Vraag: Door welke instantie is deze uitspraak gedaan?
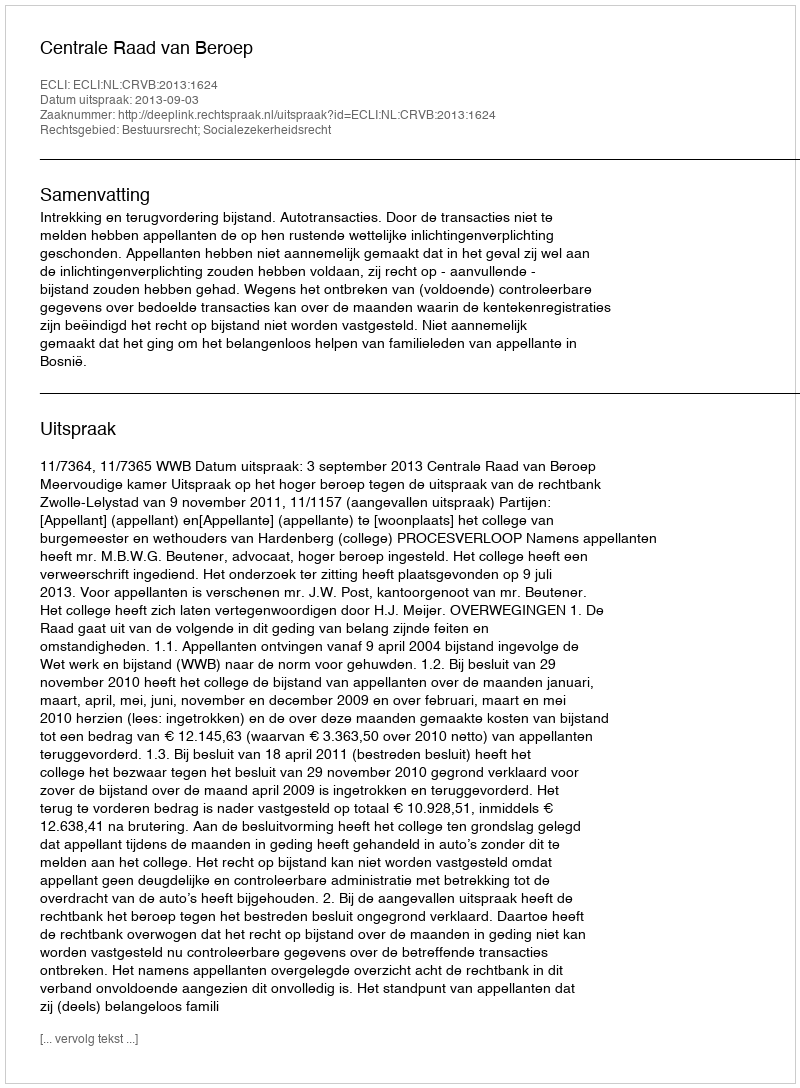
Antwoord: Centrale Raad van Beroep